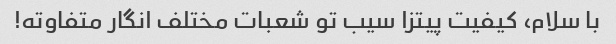
با سلام، کیفیت پیتزا سیب تو شعبات مختلف انگار متفاوته!